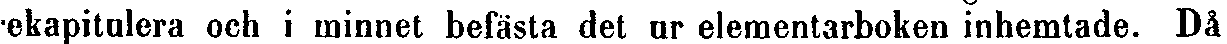
ekapitulera och i minnet befästa det ur elementarboken inhemtade. Då